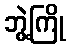
ဘွဲ့ကြို